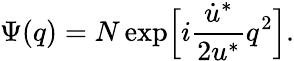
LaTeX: \Psi(q)=N\exp\Bigl[i\frac{\dot{u}^{*}}{2u^{*}}q^{2}\Bigr].